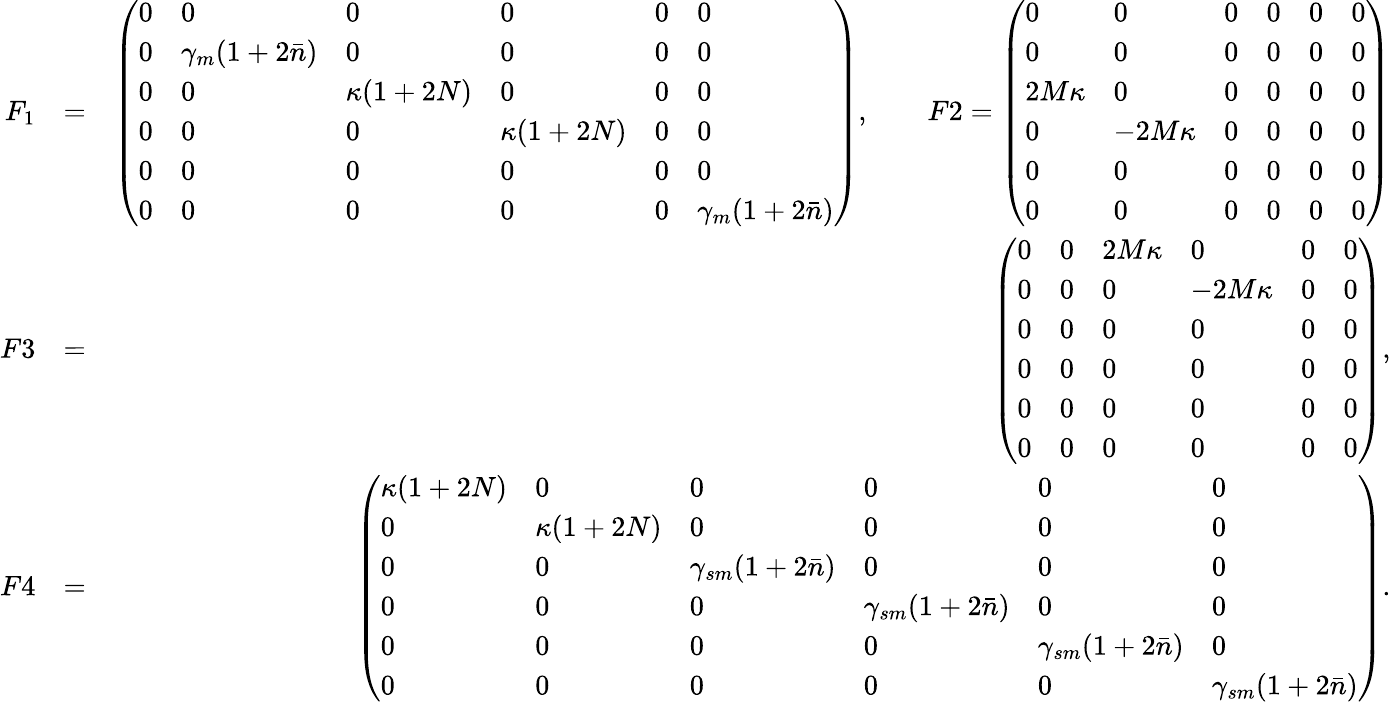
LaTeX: \begin{array}{rlr}{F_{1}}&{=}&{\left(\begin{array}{llllll}{0}&{0}&{0}&{0}&{0}&{0}\\ {0}&{\gamma_{m}(1+2\bar{n})}&{0}&{0}&{0}&{0}\\ {0}&{0}&{\kappa(1+2N)}&{0}&{0}&{0}\\ {0}&{0}&{0}&{\kappa(1+2N)}&{0}&{0}\\ {0}&{0}&{0}&{0}&{0}&{0}\\ {0}&{0}&{0}&{0}&{0}&{\gamma_{m}(1+2\bar{n})}\end{array}\right),\quad\quad F2=\left(\begin{array}{llllll}{0}&{0}&{0}&{0}&{0}&{0}\\ {0}&{0}&{0}&{0}&{0}&{0}\\ {2M\kappa}&{0}&{0}&{0}&{0}&{0}\\ {0}&{-2M\kappa}&{0}&{0}&{0}&{0}\\ {0}&{0}&{0}&{0}&{0}&{0}\\ {0}&{0}&{0}&{0}&{0}&{0}\end{array}\right)}\\ {F3}&{=}&{\left(\begin{array}{llllll}{0}&{0}&{2M\kappa}&{0}&{0}&{0}\\ {0}&{0}&{0}&{-2M\kappa}&{0}&{0}\\ {0}&{0}&{0}&{0}&{0}&{0}\\ {0}&{0}&{0}&{0}&{0}&{0}\\ {0}&{0}&{0}&{0}&{0}&{0}\\ {0}&{0}&{0}&{0}&{0}&{0}\end{array}\right),}\\ {F4}&{=}&{\left(\begin{array}{llllll}{\kappa(1+2N)}&{0}&{0}&{0}&{0}&{0}\\ {0}&{\kappa(1+2N)}&{0}&{0}&{0}&{0}\\ {0}&{0}&{\gamma_{sm}(1+2\bar{n})}&{0}&{0}&{0}\\ {0}&{0}&{0}&{\gamma_{sm}(1+2\bar{n})}&{0}&{0}\\ {0}&{0}&{0}&{0}&{\gamma_{sm}(1+2\bar{n})}&{0}\\ {0}&{0}&{0}&{0}&{0}&{\gamma_{sm}(1+2\bar{n})}\end{array}\right).}\end{array}